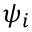
\psi _ { i }